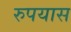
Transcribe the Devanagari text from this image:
रुपयास